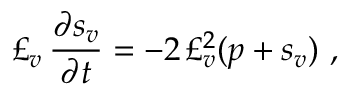
\pounds _ { v } \, \frac { \partial s _ { v } } { \partial t } = - 2 \, \pounds _ { v } ^ { 2 } ( p + s _ { v } ) \ ,